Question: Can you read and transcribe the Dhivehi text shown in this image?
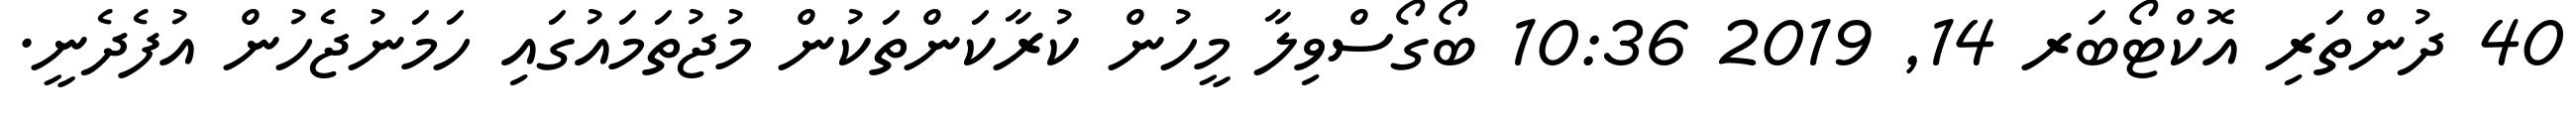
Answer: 40 ދުންތަރި އޮކްޓޯބަރ 14, 2019 10:36 ބޯގޯސްވިލާ މީހުން ކުރާކަންތަކުން މުޖުތަމައުގައި ހަމަނުޖެހުން އުފެދެނީ.